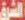
الشرق